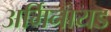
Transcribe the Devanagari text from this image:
अर्मिनायड